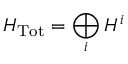
H _ { \mathrm { T o t } } = \bigoplus _ { i } H ^ { i }